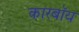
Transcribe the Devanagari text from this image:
कारबॉय